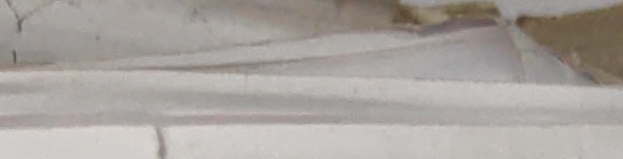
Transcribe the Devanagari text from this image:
दनपिकोसा